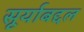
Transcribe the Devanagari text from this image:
सूर्याबद्दल